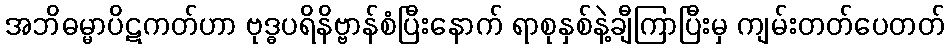
အဘိဓမ္မာပိဋကတ်ဟာ ဗုဒ္ဓပရိနိဗ္ဗာန်စံပြီးနောက် ရာစုနှစ်နဲ့ချီကြာပြီးမှ ကျမ်းတတ်ပေတတ်